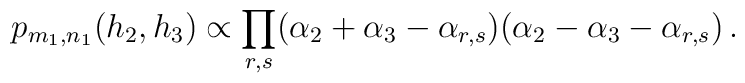
p_{m_1,n_1}(h_2, h_3) \propto \prod_{r,s}   (\alpha_2 + \alpha_3 - \alpha_{r,s})   (\alpha_2 - \alpha_3 - \alpha_{r,s})\,.